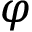
\varphi